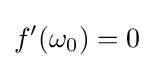
f'(\omega _{0})=0